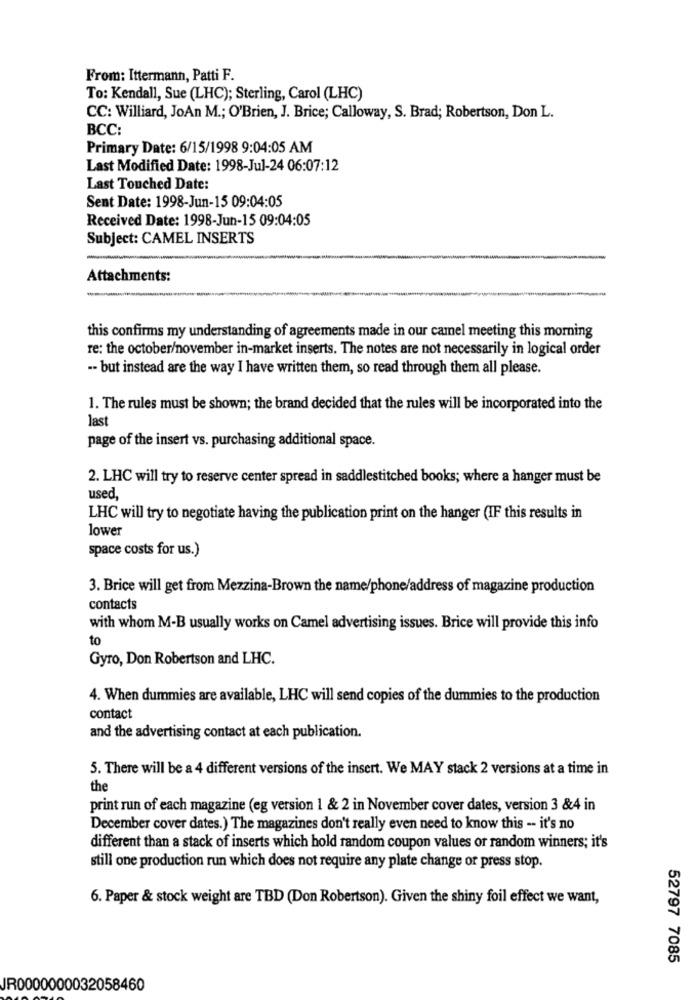
From: Ittermann, Patti F.
To: Kendall, Sue (LHC); Sterling, Carol (LHC)
CC: Williard, JoAn M .; O'Brien, J. Brice; Calloway, S. Brad; Robertson, Don L.
BCC:
Primary Date: 6/15/1998 9:04:05 AM
Last Modified Date: 1998-Jul-24 06:07:12
Last Touched Date:
Sent Date: 1998-Jun-15 09:04:05
Received Date: 1998-Jun-15 09:04:05
Subject: CAMEL INSERTS
Attachments:
this confirms my understanding of agreements made in our camel meeting this morning
re: the october/november in-market inserts. The notes are not necessarily in logical order
-- but instead are the way I have written them, so read through them all please.
1. The rules must be shown; the brand decided that the rules will be incorporated into the
last
page of the insert vs. purchasing additional space.
2. LHC will try to reserve center spread in saddlestitched books; where a hanger must be
used,
LHC will try to negotiate having the publication print on the hanger (IF this results in
lower
space costs for us.)
3. Brice will get from Mezzina-Brown the name/phone/address of magazine production
contacts
with whom M-B usually works on Camel advertising issues. Brice will provide this info
to
Gyro, Don Robertson and LHC.
4. When dummies are available, LHC will send copies of the dummies to the production
contact
and the advertising contact at each publication.
5. There will be a 4 different versions of the insert. We MAY stack 2 versions at a time in
the
print run of each magazine (eg version 1 & 2 in November cover dates, version 3 &4 in
December cover dates.) The magazines don't really even need to know this -- it's no
different than a stack of inserts which hold random coupon values or random winners; it's
still one production run which does not require any plate change or press stop.
6. Paper & stock weight are TBD (Don Robertson). Given the shiny foil effect we want,
52797 7085
JR0000000032058460